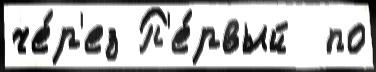
че́р'ез П'е́рвый  по